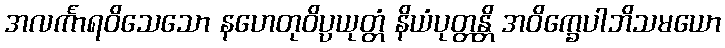
အလင်္ကာရဝိသေသော နဟေတုဝိပ္ပယုတ္တံ နိယံပုတ္တန္တိ အဝိက္ခေပါဘိသမယော